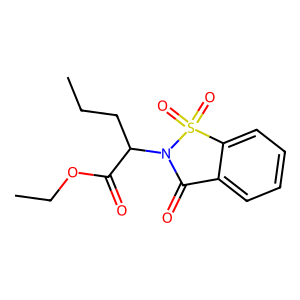
SMILES: CCCC(C(=O)OCC)N1C(=O)c2ccccc2S1(=O)=O
Inhibits HIV replication: No